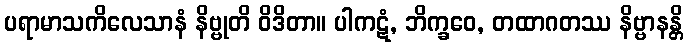
ပရာမာသကိလေသာနံ နိဗ္ဗုတိ ဝိဒိတာ။ ပါကဋံ, ဘိက္ခဝေ, တထာဂတဿ နိဗ္ဗာနန္တိ